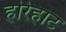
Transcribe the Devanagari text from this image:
हरिहाट